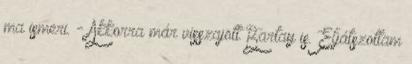
ma ismeri. - Akkorra már visszajött Bartay is. Eljátszottam